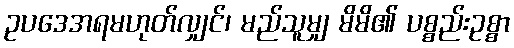
ဥပဒေအရမဟုတ်လျှင်၊ မည်သူမျှ မိမိ၏ ပစ္စည်းဥစ္စာ